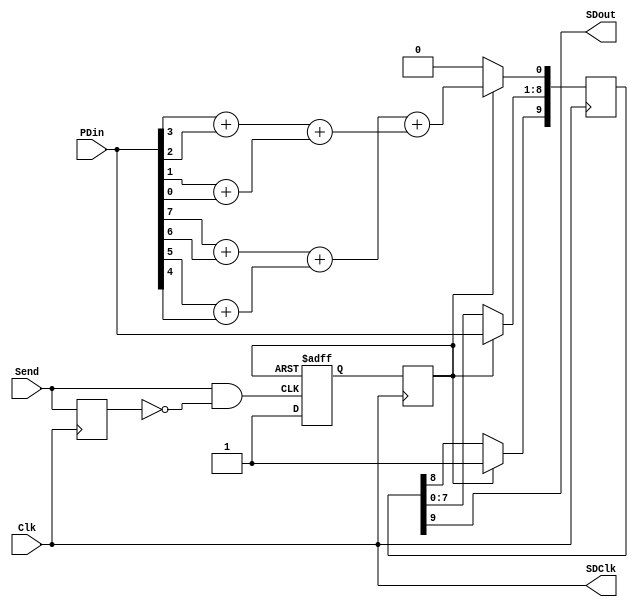
module Transmitter (Clk, PDin, Send, SDClk, SDout);

	input Send, Clk;
	input [7:0]PDin;
	output SDClk;
	output SDout;
	reg [9:0]SR;
	reg SendReg;
	reg Sout;
	reg EPout;
	wire SendNew;
	
	assign SDClk = Clk;
	assign SDout = SR[9];
	
	//Part 1
	assign SendNew = Send & ~SendReg;
	
	always @(posedge Clk)
		SendReg <= Send;
	////
	
    //Part 2
	always @(posedge SendNew or posedge EPout)
	if (EPout)
		Sout <= 1'b0;
	else
		Sout <= 1'b1;
		
	always @(posedge Clk)
		EPout <= Sout;
	////
	
	always @(posedge Clk) 
		begin 
			if (EPout)
				begin
					SR[9]   <= 1'b1;
					SR[8:1] <= PDin[7:0];
					SR[0]   <= ((PDin[7]+PDin[6])+(PDin[5]+PDin[4]))+((PDin[3]+PDin[2])+(PDin[1]+PDin[0])); //Part 3 - Parity bit
					
				end
			else
				begin
					SR[9:1] <= SR[8:0];
					SR[0]   <= 1'b0;
				end
		end
	
endmodule